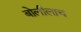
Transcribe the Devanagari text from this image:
बोलीलाच